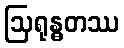
ဩရုန္ဓတဿ